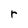
Character: r